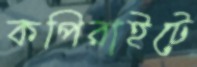
কপিরাইটে